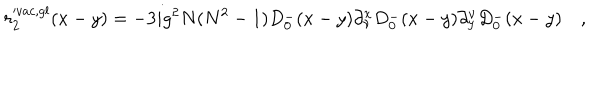
LaTeX: r _ { 2 } ^ { v a c , g l } ( x - y ) = - 3 i g ^ { 2 } N ( N ^ { 2 } - 1 ) D _ { 0 } ^ { - } ( x - y ) \partial _ { \nu } ^ { x } D _ { 0 } ^ { - } ( x - y ) \partial _ { y } ^ { \nu } D _ { 0 } ^ { - } ( x - y ) \quad ,